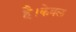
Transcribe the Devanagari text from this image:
है।केवल